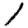
Digit: 1